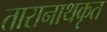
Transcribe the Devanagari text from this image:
तारानाथकृत